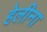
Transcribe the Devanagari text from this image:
हेलीना